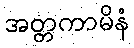
အတ္တကာမိနံ